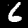
Label: 6